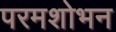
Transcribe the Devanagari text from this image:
परमशोभन